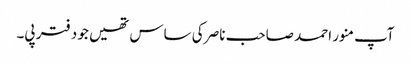
آپ منور احمد صاحب ناصر کی ساس تھیں جو دفتر پی۔